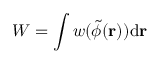
W = \int w ( \tilde { \phi } ( { \mathbf { r } } ) ) \mathrm { d } { \mathbf { r } }